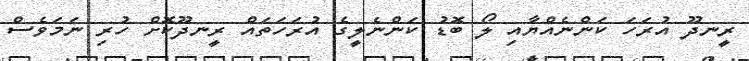
ރީނދޫ އުރަހަ ކަންނެއްޔާއި ލޯ ބޮޑު ކަންނެލީގެ އުރަހަތައް ރީނދޫކޮށް ހުރި ނަމަވެސް